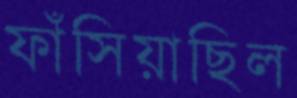
ফাঁসিয়াছিল